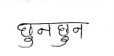
मजकूर: छुनछुन